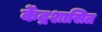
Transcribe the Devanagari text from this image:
के॓द्रशासित